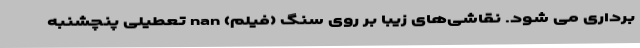
برداری می شود. نقاشی‌های زیبا بر روی سنگ (فیلم) nan تعطیلی پنچشنبه